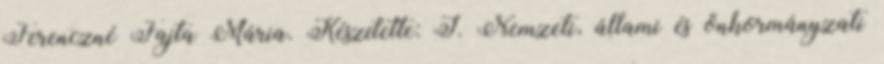
Ferenczné Fajta Mária. Készítette: I. Nemzeti, állami és önkormányzati